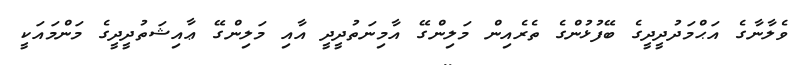
ވެލާނާގެ އަޙްމަދުދީދީގެ ބޭފުޅުންގެ ތެރެއިން މަލިންގޭ އާމިނަތުދީދީ އާއި މަލިންގޭ ޢާއިޝަތުދީދީގެ މަންމައަކީ